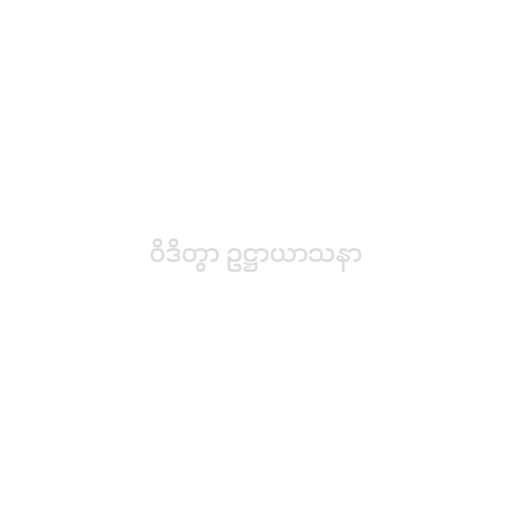
ဝိဒိတွာ ဥဋ္ဌာယာသနာ